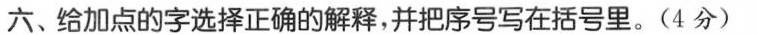
六、给加点的字选择正确的解释，并把序号写在括号里。(4分)